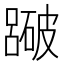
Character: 𥖕